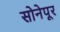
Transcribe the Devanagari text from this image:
सोनेपूर